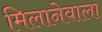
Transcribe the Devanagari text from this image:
मिलानेवाला